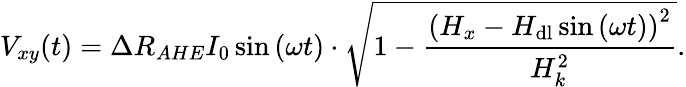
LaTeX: V_{xy}(t)=\Delta R_{AHE}I_{0}\sin{(\omega t)}\cdot\sqrt{1-\frac{\left(H_{x}-H_{\mathrm{dl}}\sin{(\omega t)}\right)^{2}}{H_{k}^{2}}}.